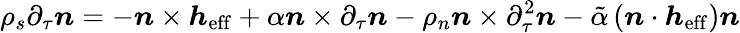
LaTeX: \rho_{s}\partial_{\tau}\boldsymbol{n}=-\boldsymbol{n}\times\boldsymbol{h}_{\mathrm{eff}}+\alpha\boldsymbol{n}\times\partial_{\tau}\boldsymbol{n}-\rho_{n}\boldsymbol{n}\times\partial_{\tau}^{2}\boldsymbol{n}-\tilde{\alpha}\left(\boldsymbol{n}\cdot\boldsymbol{h}_{\mathrm{eff}}\right)\boldsymbol{n}